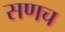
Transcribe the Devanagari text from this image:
सणच